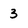
Character: 3